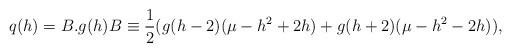
LaTeX: \begin{align*}q(h)=B.g({h})B\equiv\frac{1}{2}(g({h}-2)(\mu-{h}^2+2{h})+g({h}+2)(\mu-{h}^2-2{h})),\end{align*}